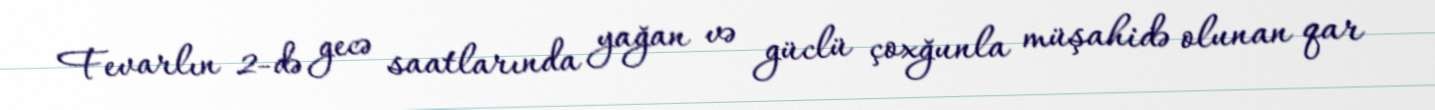
Fevarlın 2-də gecə saatlarında yağan və güclü çoxğunla müşahidə olunan qar